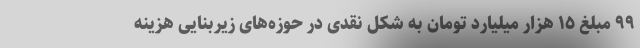
٩٩ مبلغ ١٥ هزار میلیارد تومان به شکل نقدی در حوزه‌های زیربنایی هزینه